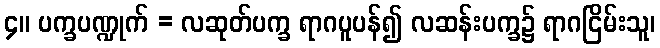
၄။ ပက္ခပဏ္ဍုက် = လဆုတ်ပက္ခ ရာဂပူပန်၍ လဆန်းပက္ခ၌ ရာဂငြိမ်းသူ၊